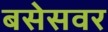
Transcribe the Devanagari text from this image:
बसेसवर